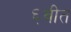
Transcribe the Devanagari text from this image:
६वीत